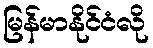
မြန်မာနိုင်ငံလို